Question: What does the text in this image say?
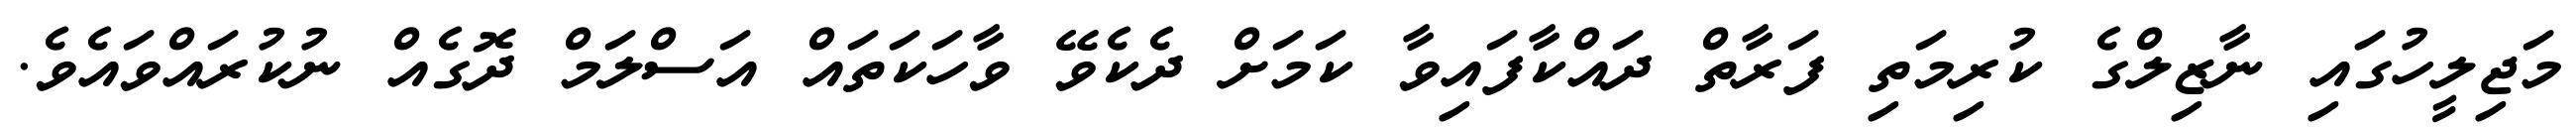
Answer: މަޖިލީހުގައި ނާޒިލްގެ ކުރިމަތި ފަރާތް ދައްކާފައިވާ ކަމަށް ދެކެވޭ ވާހަކަތައް އަސްލަމް ދޮގެއް ނުކުރައްވައެވެ.